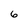
Character: 6